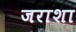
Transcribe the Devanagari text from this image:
जराशा